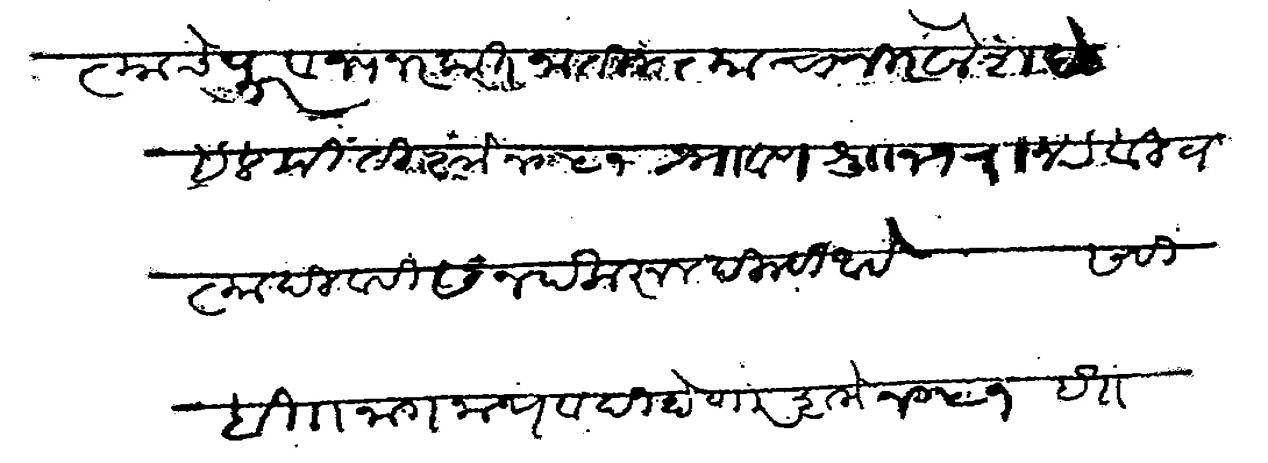
Transliteration (Devanagari): त्याचे पुर्वज नरकात जातील त्याचा नीरवौश होईल मीती शके १०५१ श्रावण शुध ११ रोज रवीवार त्या दिवसी सनद करून दिल्ही आहे सही बि नागनाथ वादी होणार शके १०५१